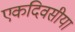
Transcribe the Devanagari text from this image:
एकदिवसीया